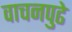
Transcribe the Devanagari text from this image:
वाचनपुढे